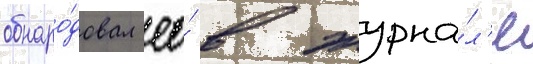
обнаро́довал ео́ в журна́л'е